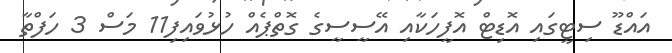
އައްޑޫ ސިޓީގައި އޮޑިޓް އޮފީހަކާއި އޭސީސީގެ ގޮތްޕެއް ހުޅުވައިފި11 މަސް 3 ހަފްތާ